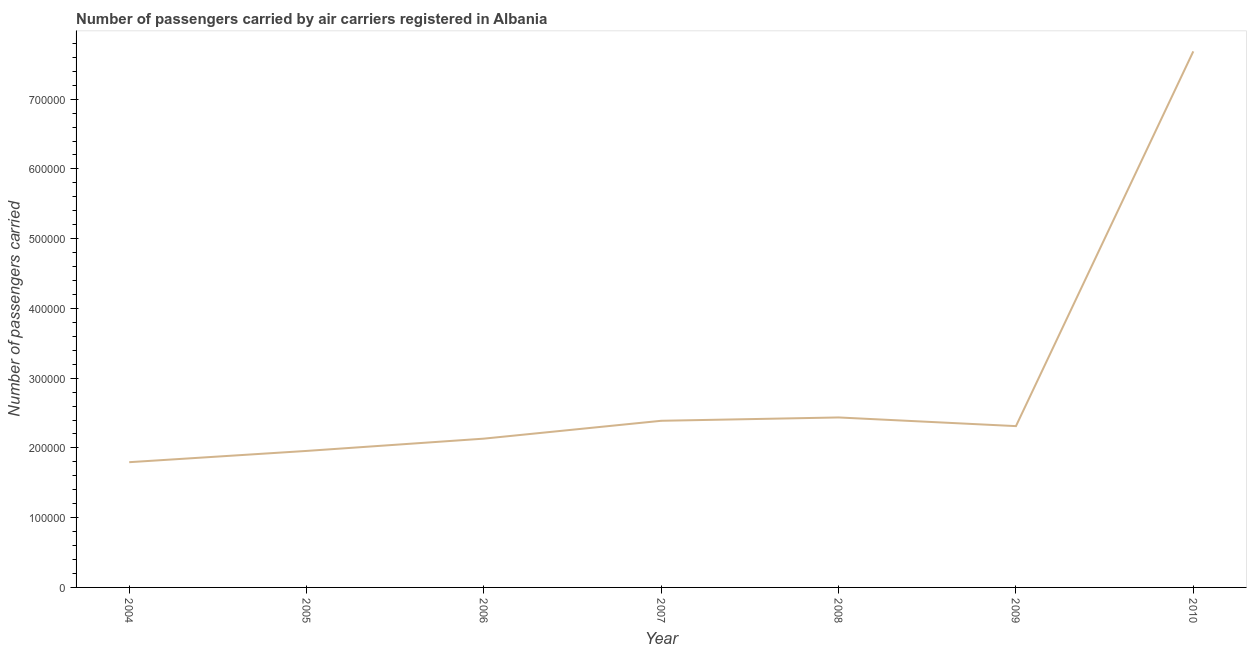
| Year | Air transport |
 | --- | --- |
 | 2004 | 1.8e+05 |
 | 2005 | 1.96e+05 |
 | 2006 | 2.13e+05 |
 | 2007 | 2.39e+05 |
 | 2008 | 2.44e+05 |
 | 2009 | 2.31e+05 |
 | 2010 | 7.69e+05 |